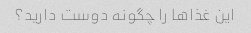
این غذاها را چگونه دوست دارید؟